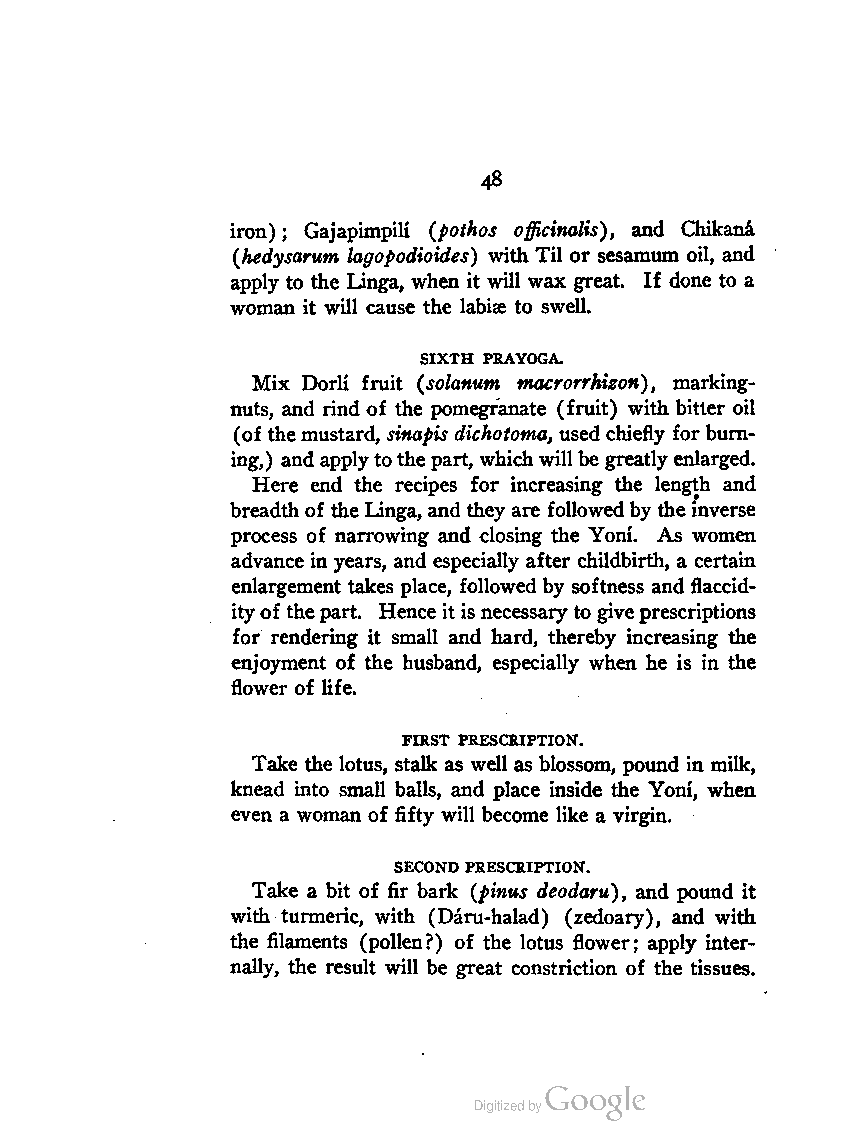
48
 iron) ; Gajapimpili (pothos officinalis), and Chikana
 (hedysarum lagopodioides) with Til or sesamum oil, and
 apply to the Linga, when it will wax great. If done to a
 woman it will cause the labise to swell.
 SIXTH PRAYOGA.
 Mix Dorli fruit (solanum macrorrhizon), marking-
 nuts, and rind of the pomegranate (fruit) with bitter oil
 (of themustard, sinapis dichotoma, used chiefly for burn
 ing,) andapplyto thepart, whichwillbe greatly enlarged.
 Here end the recipes for increasing the length and
 breadthof the Linga, andthey are followedby theinverse
 process of narrowing and closing the Yoni. As women
 advance in years, and especially after childbirth, a certain
 enlargement takes place, followed by softness and flaccid-
 ityof thepart. Hence it is necessary to giveprescriptions
 for rendering it small and hard, thereby increasing the
 enjoyment of the husband, especially when he is in the
 flower of life.
 FIRST PRESCRIPTION.
 Take the lotus, stalk as well as blossom, pound in milk,
 knead into small balls, and place inside the Yoni, when
 even a woman of fifty will become like a virgin.
 SECOND PRESCRIPTION.
 Take a bit of fir bark (pinus deodaru), and pound it
 with turmeric, with (Daru-halad) (zedoary), and with
 the filaments (pollen?) of the lotus flower; apply inter
 nally, the result will be great constriction of the tissues.